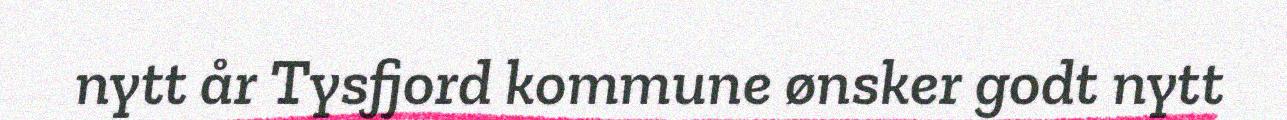
nytt år Tysfjord kommune ønsker godt nytt